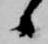
候